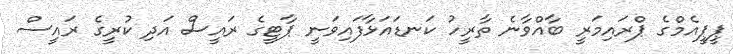
ޕީޕީއެމްގެ ޕްރައިމަރީ ބާއްވާނެ ތާރީހު ކަނޑައަޅާފައިވަނީ ޕާޓީގެ ރައީސް އަދި ކުރީގެ ރައީސް